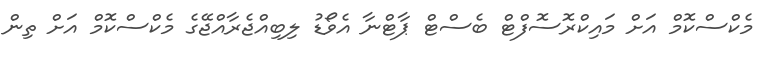
މެކްސްކޮމް އަށް މައިކްރޮސޮފްޓް ބެސްޓް ޕާޓްނާ އެވޯޑު ލިބިއްޖެރާއްޖޭގެ މެކްސްކޮމް އަށް ތިން